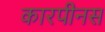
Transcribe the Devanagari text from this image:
कारपीनस